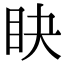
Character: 䀗